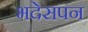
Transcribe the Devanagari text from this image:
भदेसपन